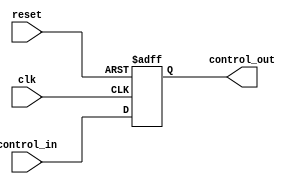
module ControlRegister #(
    parameter N = 8  // Parameter to define the size of the control register (number of bits)
)(
    input wire clk,               // Clock signal
    input wire reset,             // Reset signal
    input wire [N-1:0] control_in, // Control inputs
    output reg [N-1:0] control_out // Control outputs
);

// Synchronous logic for the Control Register
always @(posedge clk or posedge reset) begin
    if (reset) begin
        control_out <= {N{1'b0}}; // Clear the register to 0 on reset
    end else begin
        control_out <= control_in; // Capture control inputs on clock edge
    end
end

endmodule